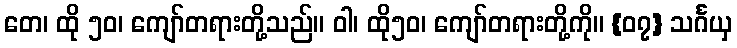
တေ၊ ထို ၅၀၊ ကျော်တရားတို့သည်။ ဝါ၊ ထို၅၀၊ ကျော်တရားတို့ကို။ {၀၇} သင်္ဂယှ